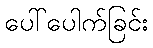
ပေါ်ပေါက်ခြင်း